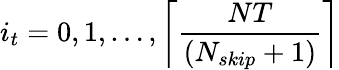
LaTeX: i_{t}=0,1,\ldots,\left\lceil\frac{NT}{(N_{skip}+1)}\right\rceil